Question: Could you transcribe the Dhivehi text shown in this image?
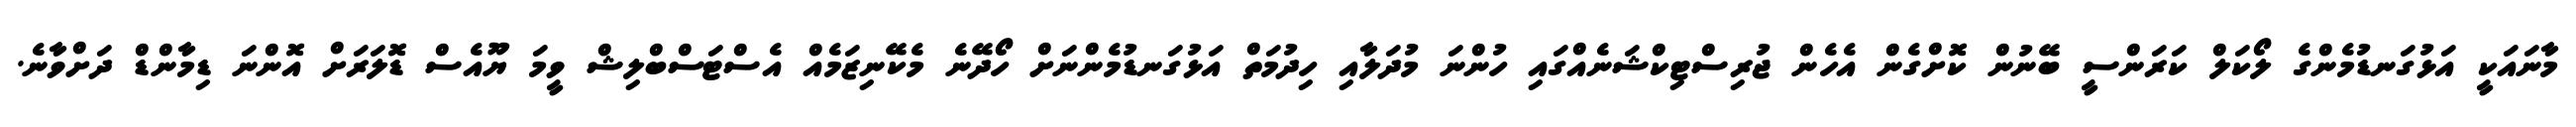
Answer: މާނައަކީ އަޅުގަނޑުމެންގެ ލޯކަލް ކަރަންސީ ބޭނުން ކޮށްގެން އެހެން ޖުރިސްޓިކްޝަނެއްގައި ހުންނަ މުދަލާއި ހިދުމަތް އަޅުގަނޑުމެންނަށް ހޯދޭނެ މެކޭނިޒަމެއް އެސްޓަސްބްލިޝް ވީމަ ޔޫއެސް ޑޮލަރަށް އޮންނަ ޑިމާންޑް ދަށްވާނެ.